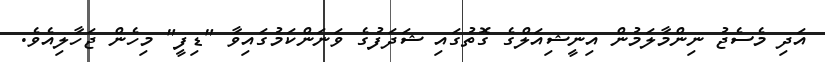
އަދި މެސެޖު ނިންމާލަމުން އިނީޝިއަލްގެ ގޮތުގައި ޝަދަފުގެ ވަނަންކަމުގައިވާ "ޑިފީ" މިހެން ޖަހާލިއެވެ.